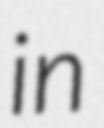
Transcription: in